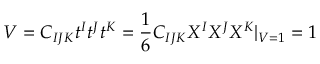
V = C _ { I J K } t ^ { I } t ^ { J } t ^ { K } = \frac { 1 } { 6 } C _ { I J K } X ^ { I } X ^ { J } X ^ { K } | _ { V = 1 } = 1